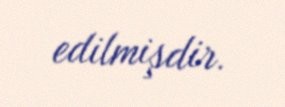
edilmişdir.